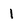
Character: 1